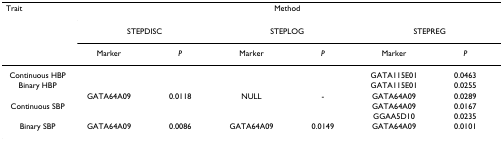
<table><thead><tr><td><b>Trait</b></td><td colspan="6"><b>Method</b></td></tr><tr><td></td><td colspan="2"><b>STEPDISC</b></td><td colspan="2"><b>STEPLOG</b></td><td colspan="2"><b>STEPREG</b></td></tr><tr><td></td><td><b>Marker</b></td><td><b><i>P</i></b></td><td><b>Marker</b></td><td><b><i>P</i></b></td><td><b>Marker</b></td><td><b><i>P</i></b></td></tr></thead><tbody><tr><td>Continuous HBP</td><td></td><td></td><td></td><td></td><td>GATA115E01</td><td>0.0463</td></tr><tr><td>Binary HBP</td><td></td><td></td><td></td><td></td><td>GATA115E01</td><td>0.0255</td></tr><tr><td></td><td>GATA64A09</td><td>0.0118</td><td>NULL</td><td>-</td><td>GATA64A09</td><td>0.0289</td></tr><tr><td>Continuous SBP</td><td></td><td></td><td></td><td></td><td>GATA64A09</td><td>0.0167</td></tr><tr><td></td><td></td><td></td><td></td><td></td><td>GGAA5D10</td><td>0.0235</td></tr><tr><td>Binary SBP</td><td>GATA64A09</td><td>0.0086</td><td>GATA64A09</td><td>0.0149</td><td>GATA64A09</td><td>0.0101</td></tr></tbody></table>